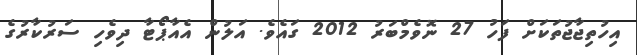
އިހުތިޖާޖުތަކަށް ފަހު 27 ނޮވެމްބަރު 2012 ގައެވެ. އަލުން އެއާޕޯޓާ ދިވެހި ސަރުކާރުގެ